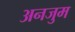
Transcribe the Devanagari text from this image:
अनजुम